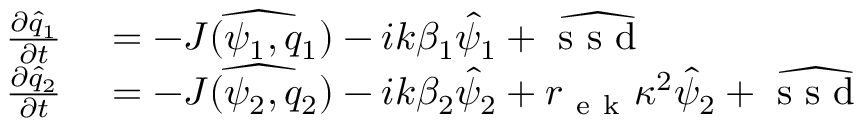
\begin{array} { r l } { \frac { \partial { } \hat { q } _ { 1 } } { \partial { } t } } & { { } = - \widehat { J ( \psi _ { 1 } , q _ { 1 } ) } - i k \beta _ { 1 } \hat { \psi } _ { 1 } + \widehat { \mathrm { ~ s ~ s ~ d ~ } } } \\ { \frac { \partial { } \hat { q } _ { 2 } } { \partial { } t } } & { { } = - \widehat { J ( \psi _ { 2 } , q _ { 2 } ) } - i k \beta _ { 2 } \hat { \psi } _ { 2 } + r _ { \mathrm { ~ e ~ k ~ } } \kappa ^ { 2 } \hat { \psi } _ { 2 } + \widehat { \mathrm { ~ s ~ s ~ d ~ } } } \end{array}